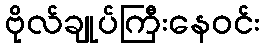
ဗိုလ်ချုပ်ကြီးနေဝင်း